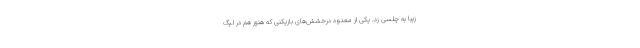
زیبا به چلسی زد. یکی از معدود درخشش‌های بازیکنی که هنوز هم در لیگ‌